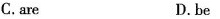
C.are D.be